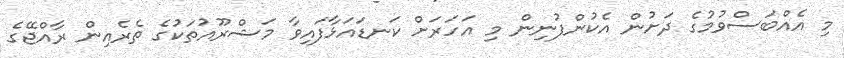
މި އެއްބަސްވުމުގެ ދަށުން އެކުންފުނިން މި އަހަރަށް ކަނޑައަޅާފައިވާ މަޝްރޫއުތަކުގެ ތެރެއިން ރާއްޖޭގެ